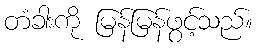
တံခါးကို မြန်မြန်ဖွင့်သည်။